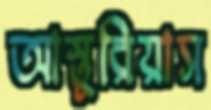
আস্তুরিয়াস